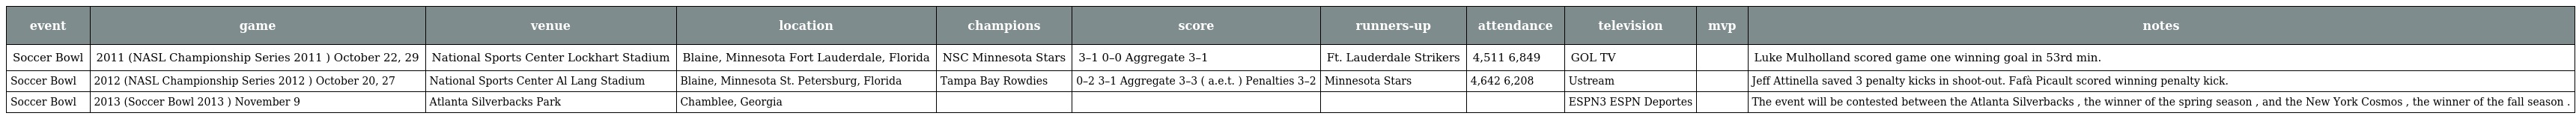
| event | game | venue | location | champions | score | runners-up | attendance | television | mvp | notes |
 | --- | --- | --- | --- | --- | --- | --- | --- | --- | --- | --- |
 | Soccer Bowl | 2011 (NASL Championship Series 2011 ) October 22, 29 | National Sports Center Lockhart Stadium | Blaine, Minnesota Fort Lauderdale, Florida | NSC Minnesota Stars | 3–1 0–0 Aggregate 3–1 | Ft. Lauderdale Strikers | 4,511 6,849 | GOL TV |  | Luke Mulholland scored game one winning goal in 53rd min. |
 | Soccer Bowl | 2012 (NASL Championship Series 2012 ) October 20, 27 | National Sports Center Al Lang Stadium | Blaine, Minnesota St. Petersburg, Florida | Tampa Bay Rowdies | 0–2 3–1 Aggregate 3–3 ( a.e.t. ) Penalties 3–2 | Minnesota Stars | 4,642 6,208 | Ustream |  | Jeff Attinella saved 3 penalty kicks in shoot-out. Fafà Picault scored winning penalty kick. |
 | Soccer Bowl | 2013 (Soccer Bowl 2013 ) November 9 | Atlanta Silverbacks Park | Chamblee, Georgia |  |  |  |  | ESPN3 ESPN Deportes |  | The event will be contested between the Atlanta Silverbacks , the winner of the spring season , and the New York Cosmos , the winner of the fall season . |